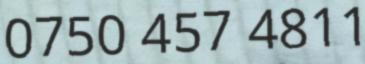
0750 457 4811